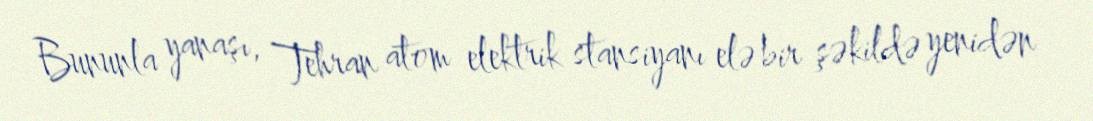
Bununla yanaşı, Tehran atom elektrik stansiyanı elə bir şəkildə yenidən